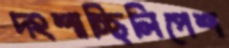
দংশাচ্ছিলিপেশ